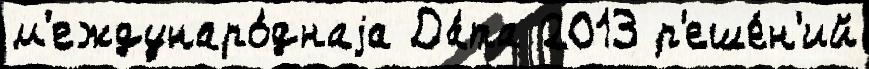
м'еждунаро́днаjа Да́та 2013 р'еше́н'ий